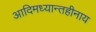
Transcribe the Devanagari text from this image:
आदिमध्यान्तहीनाय